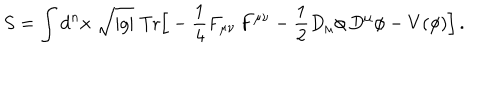
S = \int \mathrm { d } ^ { n } x \; \sqrt { | g | } \; \mathrm { T r } \Big [ - \frac { 1 } { 4 } F _ { \mu \nu } \, F ^ { \mu \nu } - \frac { 1 } { 2 } { D } _ { \mu } \phi \, { D } ^ { \mu } \phi - V ( \phi ) \Big ] \, .